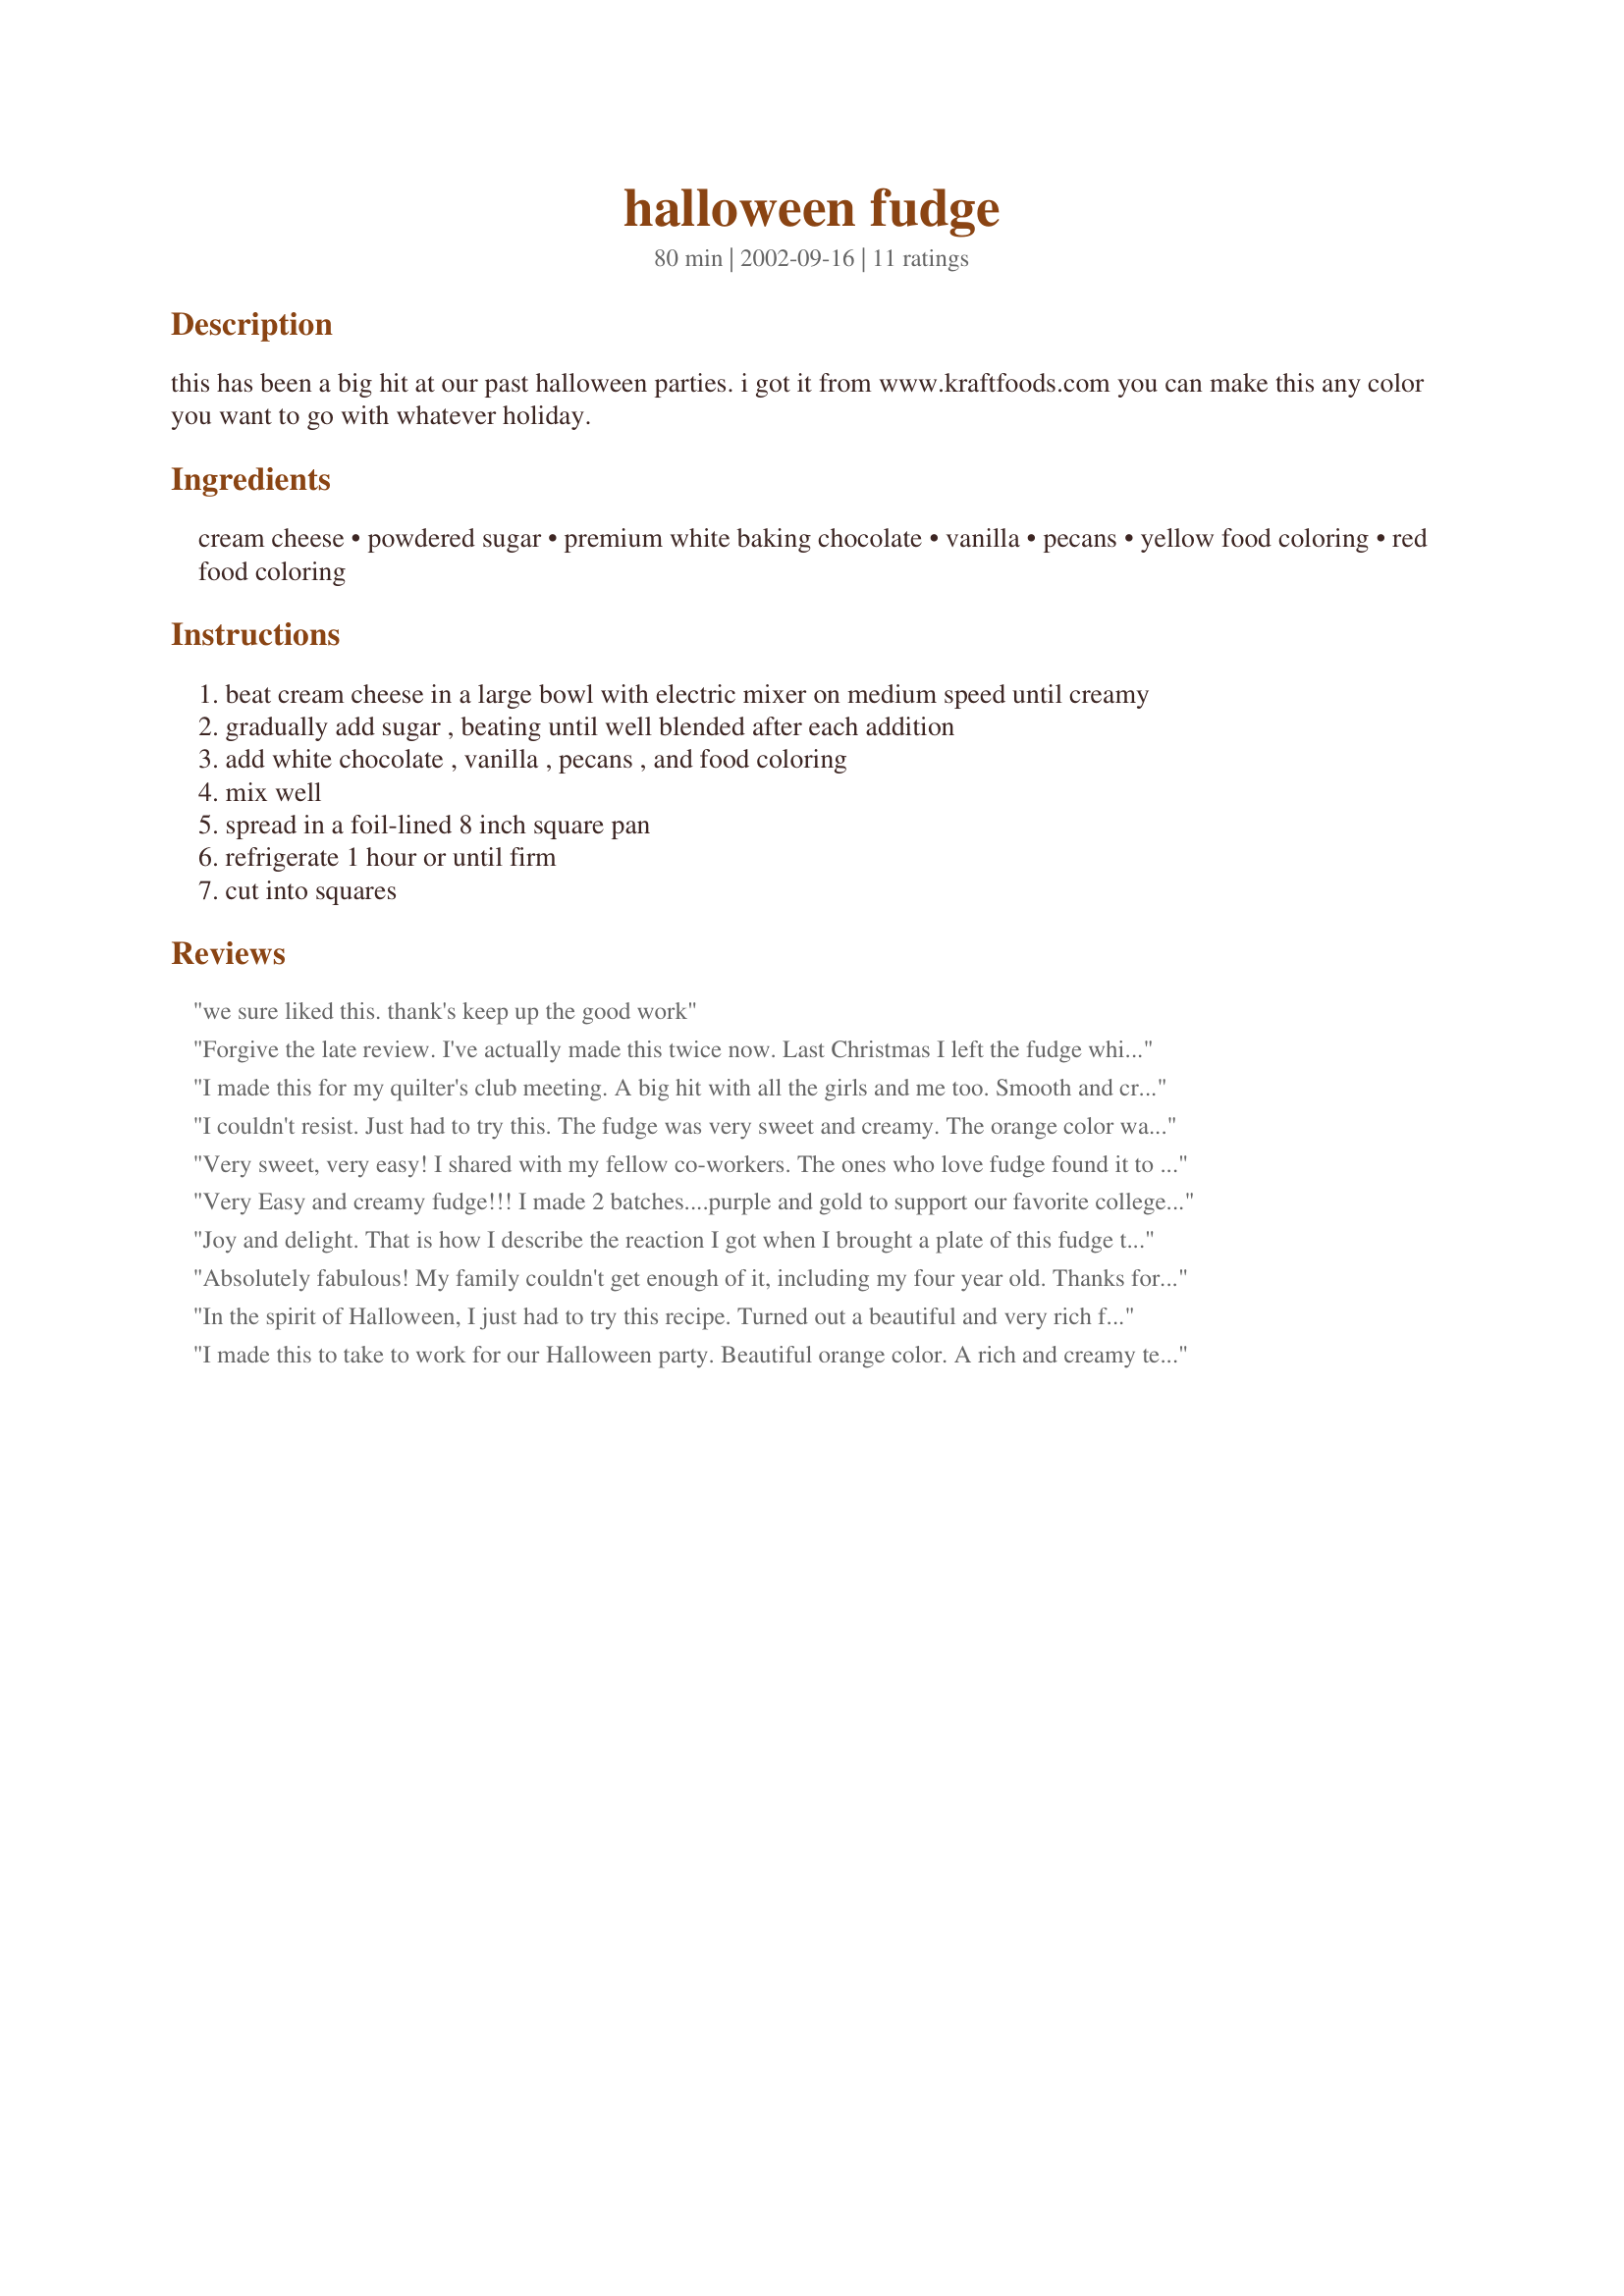
halloween fudge
Preparation time: 80 minutes

this has been a big hit at our past halloween parties. i got it from www.kraftfoods.com you can make this any color you want to go with whatever holiday.

Ingredients:
cream cheese, powdered sugar, premium white baking chocolate, vanilla, pecans, yellow food coloring, red food coloring

Steps:
beat cream cheese in a large bowl with electric mixer on medium speed until creamy
gradually add sugar , beating until well blended after each addition
add white chocolate , vanilla , pecans , and food coloring
mix well
spread in a foil-lined 8 inch square pan
refrigerate 1 hour or until firm
cut into squares

Reviews:
we sure liked this. thank's keep up the good work
Forgive the late review. I've actually made this twice now. Last Christmas I left the fudge white and added red and green candied cherry halves with the nuts. So pretty! Plus this is the best and easiest fudge I've tasted! Thanks, NurseDi!
I made this for my quilter's club meeting. A big hit with all the girls and me too. Smooth and creamy fudge and the orange color was just too cute. Thanks Nurse Di.
I couldn't resist. Just had to try this. The fudge was very sweet and creamy. The orange color was very cool and a big hit with my kids and co-workers. This will be a regular Halloween treat at our house. Thanks Nurse Di.
Very sweet, very easy! I shared with my fellow co-workers. The ones who love fudge found it to be awesome. Thanks!
Very Easy and creamy fudge!!! I made 2 batches....purple and gold to support our favorite college (LSU) as we get ready for thanksgiving football! I love the option to make your own color! Thanks
Joy and delight. That is how I describe the reaction I got when I brought a plate of this fudge to work for our Fall Festival. Deliciously rich and creamy. Everyone wanted the recipe and I was just sent them to the Zaar website. I know I will make this again for Valentine's day and tint it pink. Thanks Nurse Di.
Absolutely fabulous! My family couldn't get enough of it, including my four year old. Thanks for posting!
In the spirit of Halloween, I just had to try this recipe. Turned out a beautiful and very rich fudge. Definitely had a novelty effect. Kids and adults both enjoyed it. Thanks for a great conversation piece and some really good fudge.
I made this to take to work for our Halloween party. Beautiful orange color. A rich and creamy texture to the fudge. Marveled at by my co-workers. A fun, delicious party food. Too cool!!
My children got such a kick out of this fudge. First of all, it is creamy, rich and sweet, just like you would expect fudge to be. The orange color is just an added bonus for those with holiday spirit. What a fun idea and something we will make every year.
